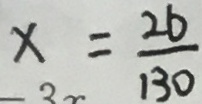
x = \frac { 2 6 } { 1 3 0 }